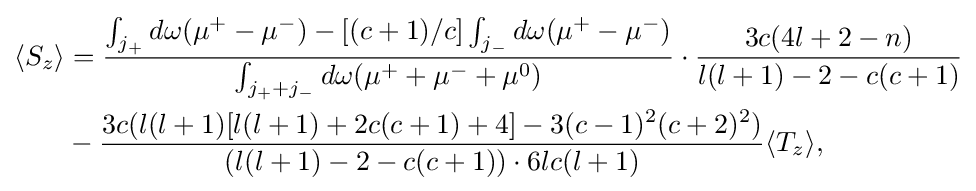
{\begin{aligned}\langle S_{z}\rangle &={\frac {\int _{j_{+}}d\omega (\mu ^{+}-\mu ^{-})-[(c+1)/c]\int _{j_{-}}d\omega (\mu ^{+}-\mu ^{-})}{\int _{j_{+}+j_{-}}d\omega {(\mu ^{+}+\mu ^{-}+\mu ^{0})}}}\cdot {\frac {3c(4l+2-n)}{l(l+1)-2-c(c+1)}}\\&-{\frac {3c(l(l+1)[l(l+1)+2c(c+1)+4]-3(c-1)^{2}(c+2)^{2})}{(l(l+1)-2-c(c+1))\cdot 6lc(l+1)}}\langle T_{z}\rangle ,\end{aligned}}